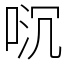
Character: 𫪌